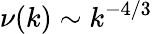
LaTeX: \nu(k)\sim k^{-4/3}